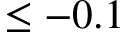
\leq - 0 . 1